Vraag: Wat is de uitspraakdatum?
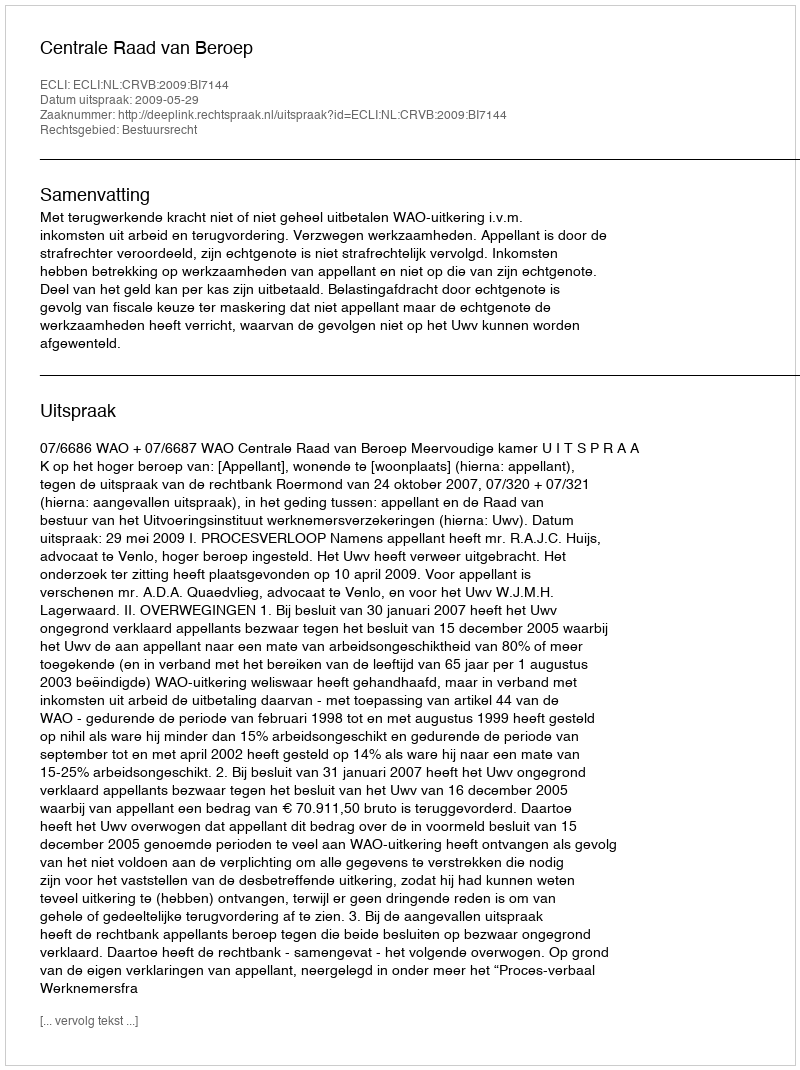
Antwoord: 2009-05-29